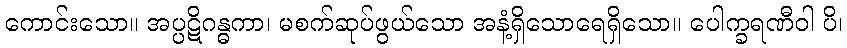
ကောင်းသော။ အပ္ပဋိဂန္ဓကာ၊ မစက်ဆုပ်ဖွယ်သော အနံ့ရှိသောရေရှိသော။ ပေါက္ခရဏီဝါ ပိ၊